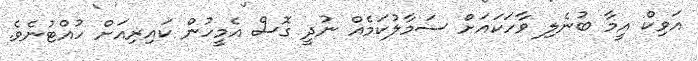
އަވިކް އީމާ ބުނެލި ވާހަކައަށް ސަމާލުކަމެއް ނުދީ ގޮސް އެމީހުން ކައިރިއަށް ހުއްޓުނެވެ.